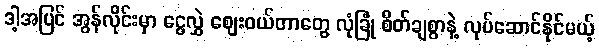
ဒါ့အပြင် အွန်လိုင်းမှာ ငွေလွှဲ ဈေးဝယ်တာတွေ လုံခြုံ စိတ်ချစွာနဲ့ လုပ်ဆောင်နိုင်မယ့်